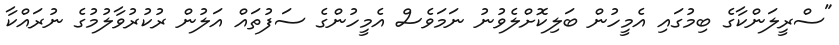
"ސްރީލަންކާގެ ބިމުގައި އެމީހުން ބަލިކޮށްލެވުނު ނަމަވެސް އެމީހުންގެ ސަފުތައް އަލުން ރުކުރުވާލުމުގެ ނުރައްކާ